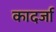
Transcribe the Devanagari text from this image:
कादर्जा